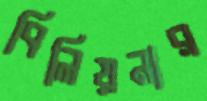
বিলিয়নার